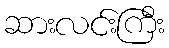
ဆားလင်းကြီး